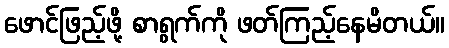
ဖောင်ဖြည့်ဖို့ စာရွက်ကို ဖတ်ကြည့်နေမိတယ်။